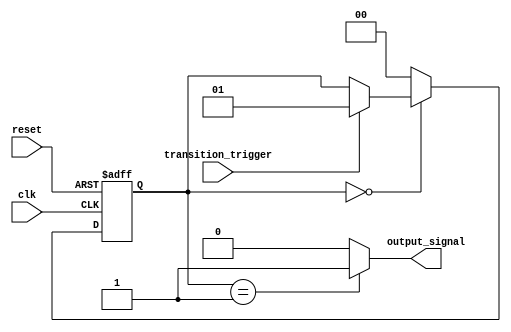
module fsm (
    input clk,
    input reset,
    input transition_trigger,
    output reg output_signal
);

// State register
reg [1:0] state;

// Define states
parameter StateA = 2'b00;
parameter StateB = 2'b01;

always @ (posedge clk or posedge reset)
begin
    if (reset)
        state <= StateA;
    else
    begin
        case (state)
            StateA: begin
                if (transition_trigger)
                    state <= StateB;
            end
            StateB: begin
                state <= StateA;
            end
            default: state <= StateA;
        endcase
    end
end

// Define outputs
always @ (state)
begin
    case (state)
        StateA: output_signal <= 1'b0;
        StateB: output_signal <= 1'b1;
        default: output_signal <= 1'b0;
    endcase
end

endmodule